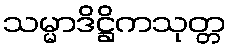
သမ္မာဒိဋ္ဌိကသုတ္တ